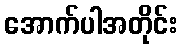
အောက်ပါအတိုင်း